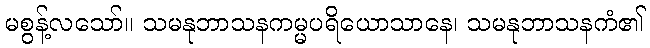
မစွန့်လသော်။ သမနုဘာသနကမ္မပရိယောသာနေ၊ သမနုဘာသနကံ၏